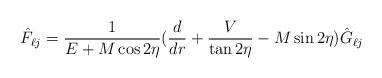
LaTeX: \begin{align*}\hat F_{\ell j}={1\over {E+M\cos 2\eta}}({d\over dr}+{V\over \tan 2\eta}-M\sin 2\eta)\hat G_{\ell j}\end{align*}